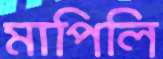
মাপিলি